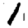
Digit: 1